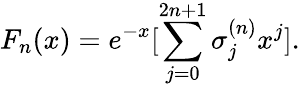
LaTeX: F_{n}(x)=e^{-x}[\sum_{j=0}^{2n+1}\sigma_{j}^{(n)}x^{j}].